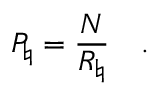
P _ { \natural } = { \frac { N } { R _ { \natural } } } \quad .